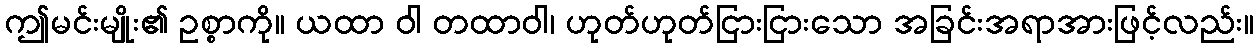
ဤမင်းမျိုး၏ ဥစ္စာကို။ ယထာ ဝါ တထာဝါ၊ ဟုတ်ဟုတ်ငြားငြားသော အခြင်းအရာအားဖြင့်လည်း။